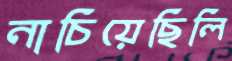
নাচিয়েছিলি